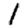
Digit: 1